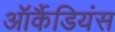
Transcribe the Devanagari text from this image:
ऑर्कैडियंस